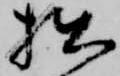
拙